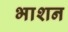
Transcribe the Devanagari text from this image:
भाशन